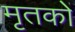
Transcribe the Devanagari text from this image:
मृतकोें